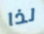
لذا